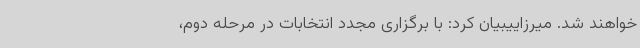
خواهند شد. میرزاییبیان کرد: با برگزاری مجدد انتخابات در مرحله دوم،